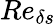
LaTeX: Re_{\delta s}